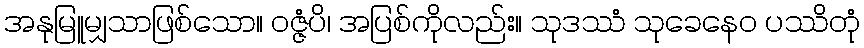
အနုမြူမျှသာဖြစ်သော။ ဝဇ္ဇံပိ၊ အပြစ်ကိုလည်း။ သုဒဿံ သုခေနေဝ ပဿိတုံ